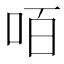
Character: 咟